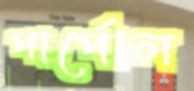
পার্পোল